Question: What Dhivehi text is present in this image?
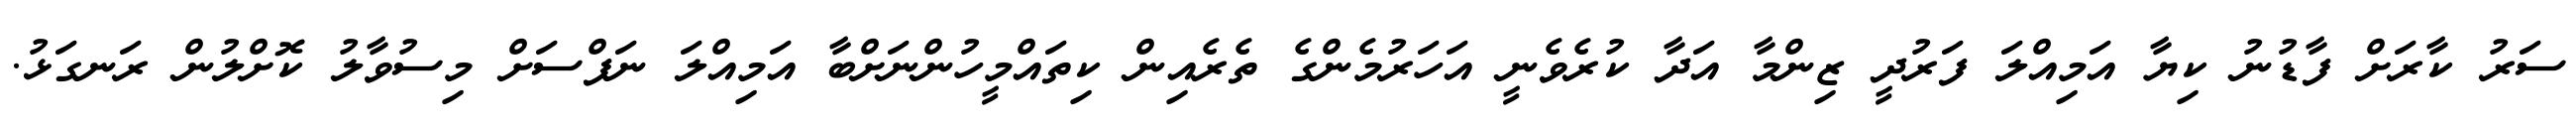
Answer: ސަރު ކާރަށް ފާޑުނު ކިޔާ އަމިއްލަ ފަރުދީ ޒިންމާ އަދާ ކުރެވެނީ އަހަރުމެންގެ ތެރެއިން ކިތައްމީހުންނަށްބާ އަމިއްލަ ނަފްސަށް މިސުވާލު ކޮށްލުން ރަނގަޅު.